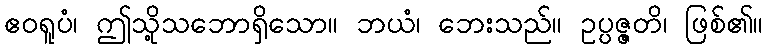
ဧဝရူပံ၊ ဤသို့သဘောရှိသော။ ဘယံ၊ ဘေးသည်။ ဥပ္ပဇ္ဇတိ၊ ဖြစ်၏။